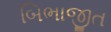
બિભાજીત